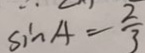
\sin A = \frac { 2 } { 3 }